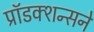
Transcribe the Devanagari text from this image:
प्रॉडक्शन्सने